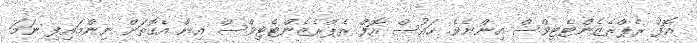
އޮފް ރެޕްރެޒެންޓެޓިވްސް އިންނެވެ. ހައުސް އޮފް ރެޕްރެޒެންޓެޓިވްސް އިން އެގޮތަށް ނިންމައިފި ނަމަ